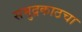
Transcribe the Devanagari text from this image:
समुद्रकाठचा